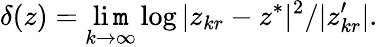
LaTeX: \delta(z)=\operatorname*{li\mathtt{m}}_{k\to\infty}\log|z_{kr}-z^{*}|^{2}/|z_{kr}^{\prime}|.